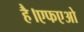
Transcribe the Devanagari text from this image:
है।एफएओ